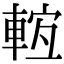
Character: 𨌊